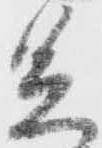
足